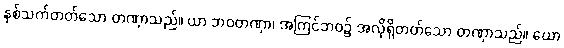
နှစ်သက်တတ်သော တဏှာသည်။ ယာ ဘဝတဏှာ၊ အကြင်ဘဝ၌ အလိုရှိတတ်သော တဏှာသည်။ ယော